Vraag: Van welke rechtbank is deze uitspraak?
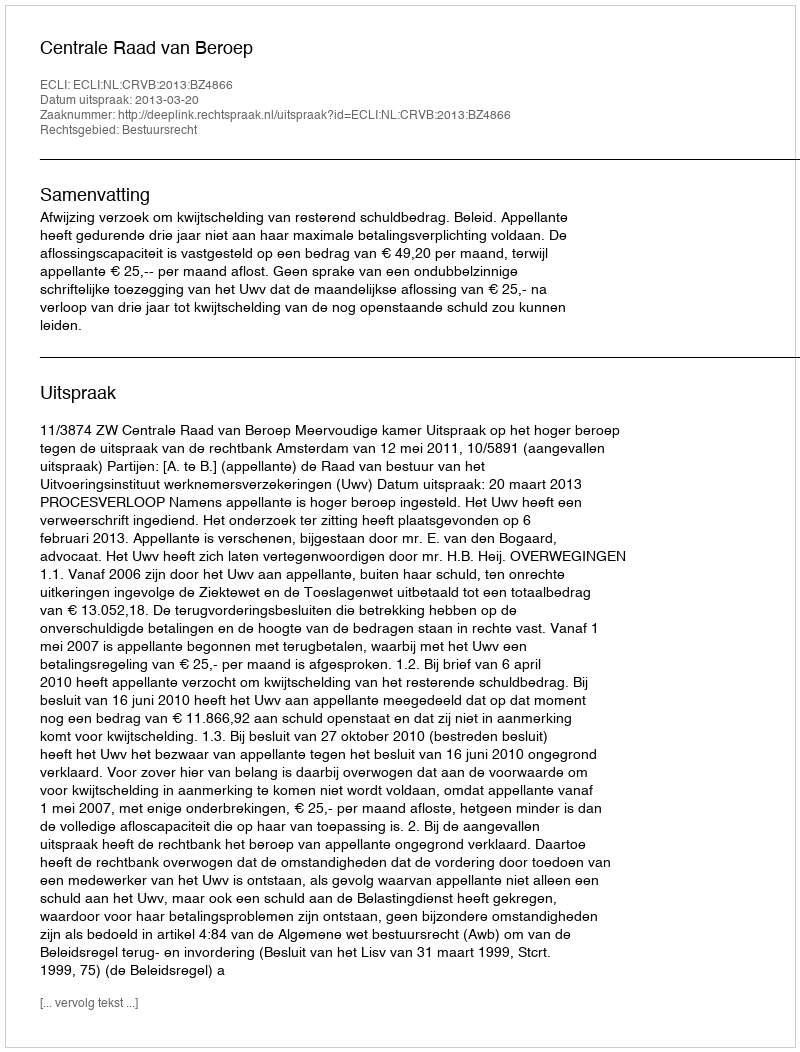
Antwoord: Centrale Raad van Beroep